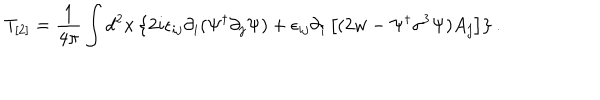
LaTeX: T _ { [ 2 ] } = \frac { 1 } { 4 \pi } \int d ^ { 2 } x \left\{ 2 i \epsilon _ { i j } \partial _ { i } ( \Psi ^ { \dagger } \partial _ { j } \Psi ) + \epsilon _ { i j } \partial _ { i } \left[ ( 2 w - \Psi ^ { \dagger } \sigma ^ { 3 } \Psi ) A _ { j } \right] \right\} .